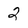
Character: 2